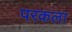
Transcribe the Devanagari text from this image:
परकला